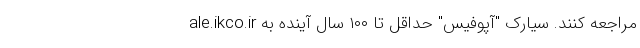
ale.ikco.ir مراجعه کنند. سیارک "آپوفیس" حداقل تا ۱۰۰ سال آینده به